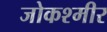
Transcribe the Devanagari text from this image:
जोकश्मीर